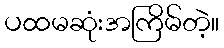
ပထမဆုံးအကြိမ်တဲ့။